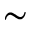
\sim